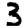
Digit: 3